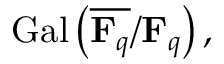
\operatorname { G a l } \left( { \overline { { \mathbf { F } _ { q } } } } / \mathbf { F } _ { q } \right) ,